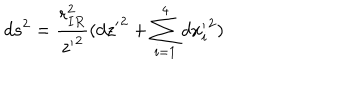
d s ^ { 2 } = \frac { r _ { I R } ^ { 2 } } { { z ^ { \prime } } ^ { 2 } } ( { d z ^ { \prime } } ^ { 2 } + \sum _ { i = 1 } ^ { 4 } { d x _ { i } ^ { \prime } } ^ { 2 } )